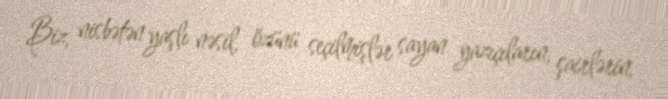
Biz, nisbətən yaşlı nəsil, özünü seçilmişlər sayan yazıçıların, şairlərin,